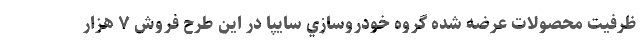
ظرفيت محصولات عرضه شده گروه خودروسازي سايپا در این طرح فروش ۷ هزار